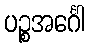
ပဉ္စအင်္ဂေါ